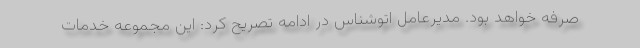
صرفه خواهد بود. مدیرعامل اتوشناس در ادامه تصریح کرد: این مجموعه خدمات